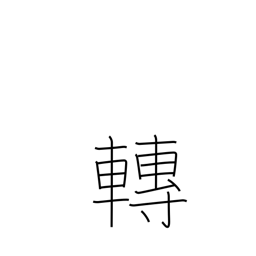
Meaning: move